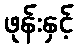
ဖုန်းနှင့်